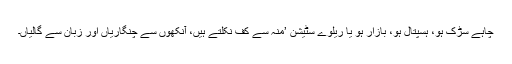
چاہے سڑک ہو، ہسپتال ہو، بازار ہو یا ریلوے سٹیشن ’منہ سے کف نکلتے ہیں، آنکھوں سے چنگاریاں اور زبان سے گالیاں۔